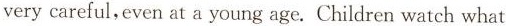
very careful,even at a young age. Children watch what